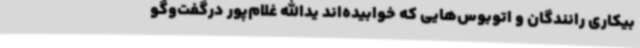
بیکاری رانندگان و اتوبوس‌هایی که خوابیده‌اند یدالله غلام‌پور درگفت‌وگو